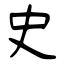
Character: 史